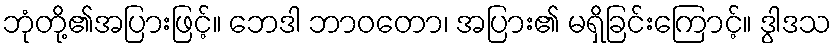
ဘုံတို့၏အပြားဖြင့်။ ဘေဒါ ဘာဝတော၊ အပြား၏ မရှိခြင်းကြောင့်။ ဒွါဒသ